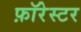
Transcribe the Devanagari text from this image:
फ़ॉरेस्टर